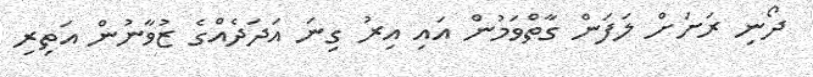
ދޯނި ރަށަށް ލަފަން ގާތްވަމުން އައި އިރު ގިނަ އަދަދެއްގެ ޒުވާނުން އަތިރި